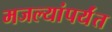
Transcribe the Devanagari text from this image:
मजल्यांपर्यंत